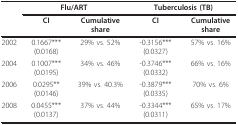
<table><thead><tr><td></td><td colspan="2"><b>Flu/ART</b></td><td colspan="2"><b>Tuberculosis (TB)</b></td></tr><tr><td></td><td><b>CI</b></td><td><b>Cumulative share</b></td><td><b>CI</b></td><td><b>Cumulative share</b></td></tr></thead><tbody><tr><td>2002</td><td>0.1667*** (0.0168)</td><td>29% vs. 52%</td><td>-0.3156*** (0.0327)</td><td>57% vs. 16%</td></tr><tr><td>2004</td><td>0.1007*** (0.0195)</td><td>34% vs. 46%</td><td>-0.3746*** (0.0332)</td><td>66% vs. 16%</td></tr><tr><td>2006</td><td>0.0295** (0.0146)</td><td>39% vs. 40.3%</td><td>-0.3879*** (0.0335)</td><td>70% vs. 6%</td></tr><tr><td>2008</td><td>0.0455*** (0.0137)</td><td>37% vs. 44%</td><td>-0.3344*** (0.0311)</td><td>65% vs. 17%</td></tr></tbody></table>